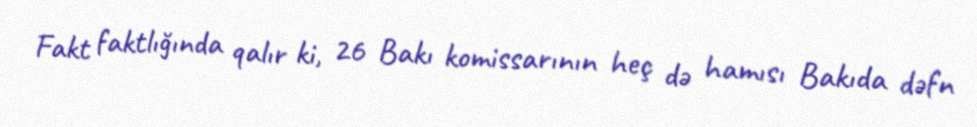
Fakt faktlığında qalır ki, 26 Bakı komissarının heç də hamısı Bakıda dəfn